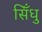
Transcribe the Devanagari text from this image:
सिँधु